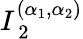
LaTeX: I_{\mathrm{~2~}}^{(\alpha_{1},\alpha_{2})}